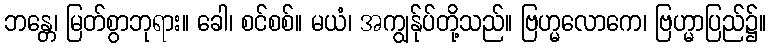
ဘန္တေ၊ မြတ်စွာဘုရား။ ခေါ၊ စင်စစ်။ မယံ၊ အကျွန်ုပ်တို့သည်။ ဗြဟ္မလောကေ၊ ဗြဟ္မာပြည်၌။